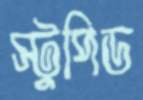
স্টুপিড